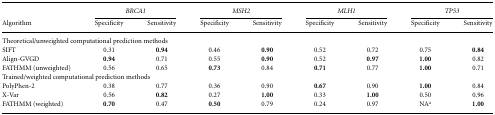
<table><thead><tr><td></td><td colspan="2"><b><i>BRCA1</i></b></td><td colspan="2"><b><i>MSH2</i></b></td><td colspan="2"><b><i>MLH1</i></b></td><td colspan="2"><b><i>TP53</i></b></td></tr><tr><td><b>Algorithm</b></td><td><b>Specificity</b></td><td><b>Sensitivity</b></td><td><b>Specificity</b></td><td><b>Sensitivity</b></td><td><b>Specificity</b></td><td><b>Sensitivity</b></td><td><b>Specificity</b></td><td><b>Sensitivity</b></td></tr></thead><tbody><tr><td colspan="9">Theoretical/unweighted computational prediction methods</td></tr><tr><td>SIFT</td><td>0.31</td><td><b>0.94</b></td><td>0.46</td><td><b>0.90</b></td><td>0.52</td><td>0.72</td><td>0.75</td><td><b>0.84</b></td></tr><tr><td>Align-GVGD</td><td><b>0.94</b></td><td>0.71</td><td>0.55</td><td><b>0.90</b></td><td>0.52</td><td><b>0.97</b></td><td><b>1.00</b></td><td>0.82</td></tr><tr><td>FATHMM (unweighted)</td><td>0.56</td><td>0.65</td><td><b>0.73</b></td><td>0.84</td><td><b>0.71</b></td><td>0.77</td><td><b>1.00</b></td><td>0.71</td></tr><tr><td colspan="9">Trained/weighted computational prediction methods</td></tr><tr><td>PolyPhen-2</td><td>0.38</td><td>0.77</td><td>0.36</td><td>0.90</td><td><b>0.67</b></td><td>0.90</td><td><b>1.00</b></td><td>0.84</td></tr><tr><td>X-Var</td><td>0.56</td><td><b>0.82</b></td><td>0.27</td><td><b>1.00</b></td><td>0.33</td><td><b>1.00</b></td><td>0.50</td><td>0.96</td></tr><tr><td>FATHMM (weighted)</td><td><b>0.70</b></td><td>0.47</td><td><b>0.50</b></td><td>0.79</td><td>0.24</td><td>0.97</td><td>NAa</td><td><b>1.00</b></td></tr></tbody></table>